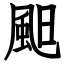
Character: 䫻